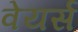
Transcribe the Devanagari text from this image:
वेयर्स